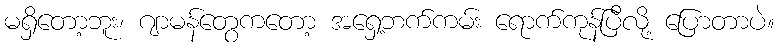
မရှိတော့ဘူး၊ ဂျာမန်တွေကတော့ အရှေ့ဘက်ကမ်း ရောက်ကုန်ပြီလို့ ပြောတာပဲ။